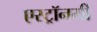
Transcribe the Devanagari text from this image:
एस्‍ट्रॉनमी